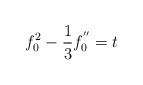
LaTeX: \begin{align*}f_0^2 - \frac{1}{3} f_0^{''} = t \end{align*}